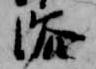
浴